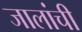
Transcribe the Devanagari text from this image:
जालांची